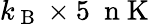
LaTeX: k_{\mathrm{~B~}}\times 5~\mathrm{~n~K~}